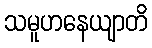
သမူဟနေယျာတိ